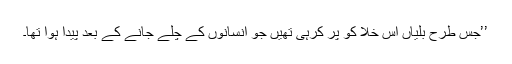
’’جس طرح بلّیاں اس خلا کو پر کرہی تھیں جو انسانوں کے چلے جانے کے بعد پیدا ہوا تھا۔